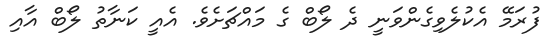
ފުރަމޭ އެކުލެވިގެންވަނީ ދެ ލޯބް ގެ މައްޗަށެވެ. އެއީ ކަނާތު ލޯބް އާއި